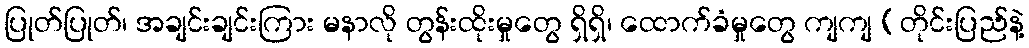
ပြုတ်ပြုတ်၊ အချင်းချင်းကြား မနာလို တွန်းထိုးမှုတွေ ရှိရှိ၊ ထောက်ခံမှုတွေ ကျကျ (တိုင်းပြည်နဲ့